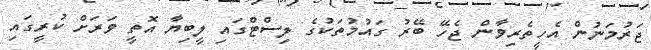
ޖަރުމަނުން އެހީތެރިވާން ޖެހޭ ބޭރު ގައުމުތަކުގެ ލިސްޓްގައި ލީބިޔާ އޮތީ ވަރަށް ކުރީގައި